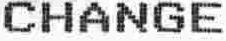
CHANGE